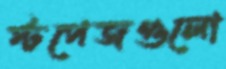
স্টপেজগুলো